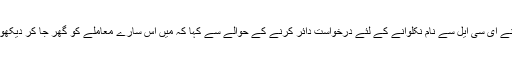
انہوں نے ای سی ایل سے نام نکلوانے کے لئے درخواست دائر کرنے کے حوالے سے کہا کہ میں اس سارے معاملے کو گھر جا کر دیکھوں گی۔